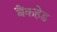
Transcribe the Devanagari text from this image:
बैंकहेड